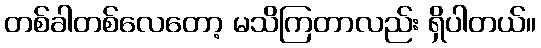
တစ်ခါတစ်လေတော့ မသိကြတာလည်း ရှိပါတယ်။